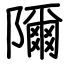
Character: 隬